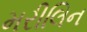
મરીલિન